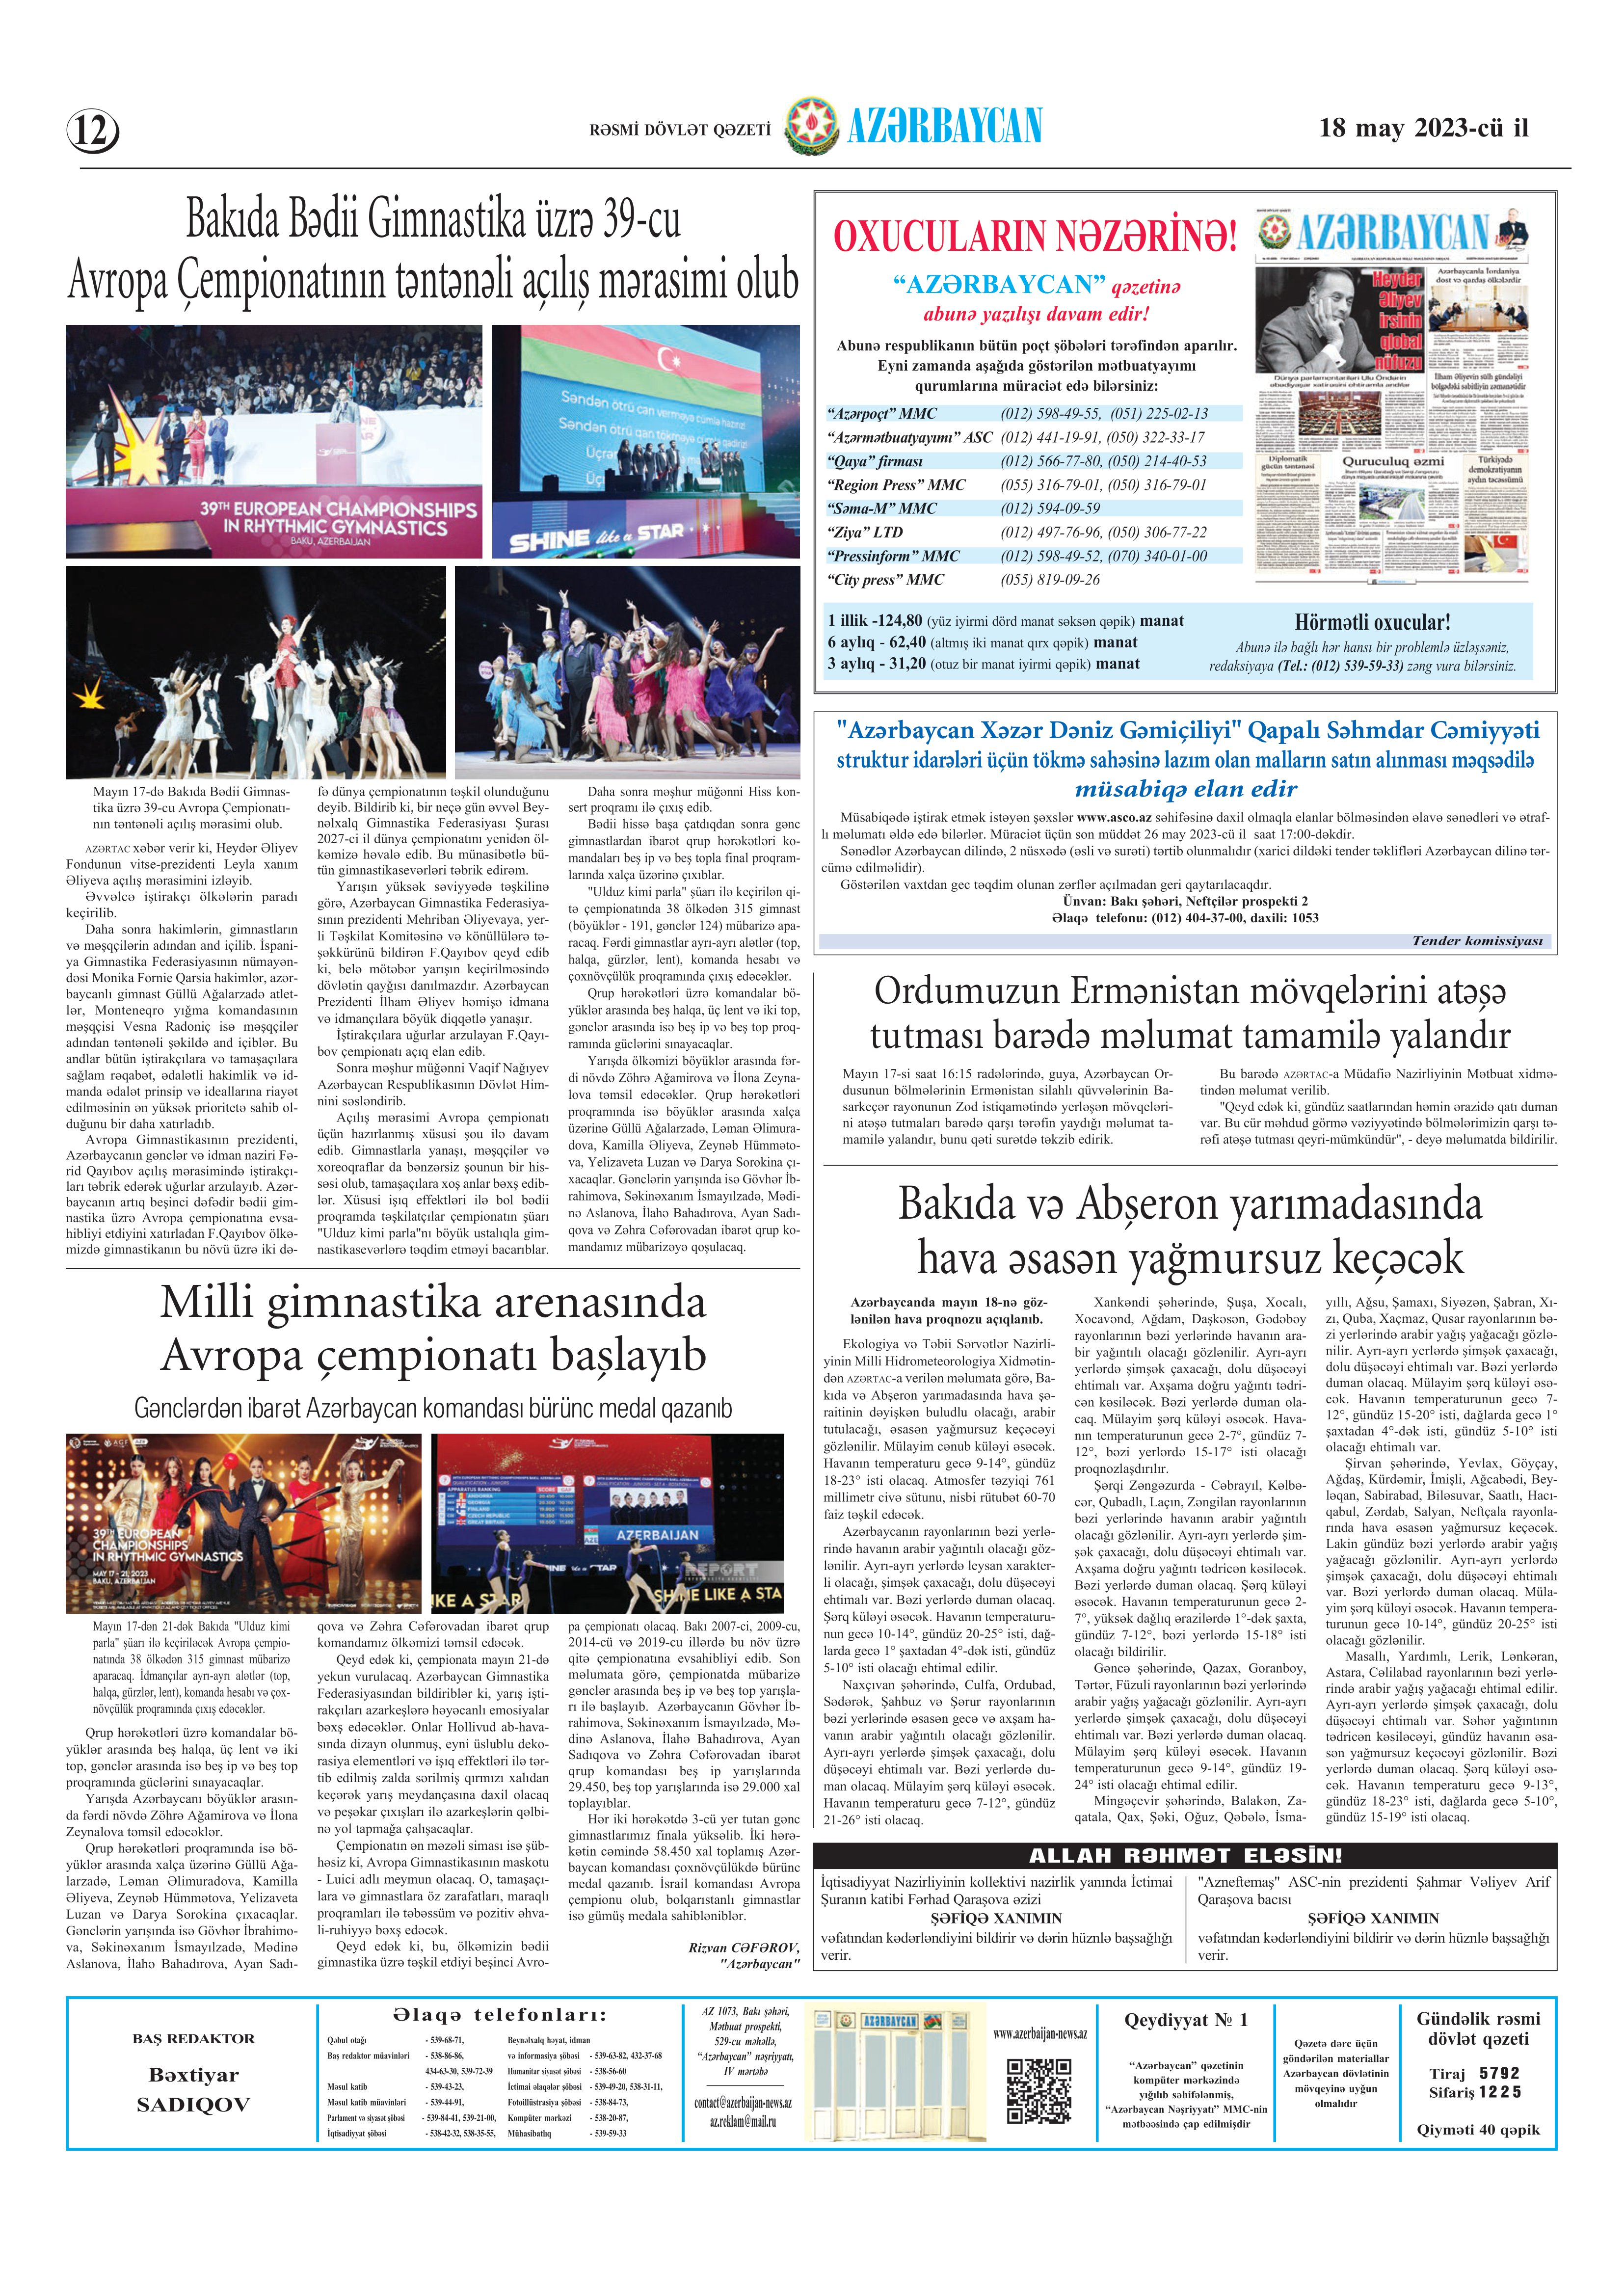
Language: az